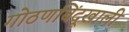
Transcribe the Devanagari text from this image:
गोठणबिंदूखाली